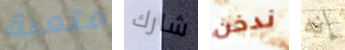
متعبة شارك ندخن إنه